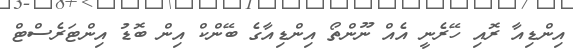
އިންޑިއާ ރޮއި ހޭރެނީ އެއް ނޫންތޯ އިންޑިއާގެ ބޭންކް އިން ބޮޑު އިންޓަރެސްޓް